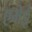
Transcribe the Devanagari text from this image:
एमेई